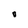
Character: 0